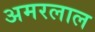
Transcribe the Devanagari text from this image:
अमरलाल